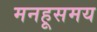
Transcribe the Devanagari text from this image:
मनहूसमय